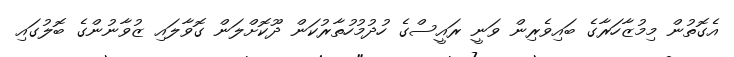
އެގޮތުން މިމުޒާހަރާގެ ބައިވެރިން ވަނީ ރައީސްގެ ހުދުމުހުތާރުކަން ދޫކޮށްލަން ގޮވާލައި ޒުވާނުންގެ ބޮލުގައި